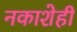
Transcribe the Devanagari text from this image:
नकाशेही